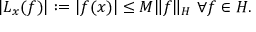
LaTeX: | L _ { x } ( f ) | : = | f ( x ) | \leq M \| f \| _ { H } { \mathrm { ~ } } \forall f \in H .